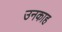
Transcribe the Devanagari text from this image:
उनकाह